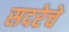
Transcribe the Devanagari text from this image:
सदरेचे